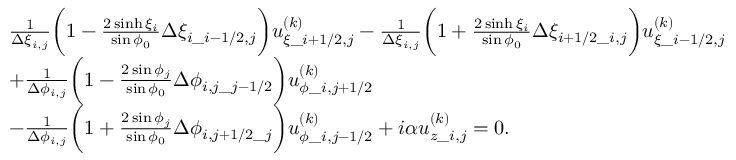
\begin{array} { r l } & { \begin{array} { r l } & { \frac { 1 } { \Delta \xi _ { i , j } } \bigg ( 1 - \frac { 2 \sinh \xi _ { i } } { \sin \phi _ { 0 } } \Delta \xi _ { i \_ i - 1 / 2 , j } \bigg ) u _ { \xi \_ { i + 1 / 2 , j } } ^ { ( k ) } - \frac { 1 } { \Delta \xi _ { i , j } } \bigg ( 1 + \frac { 2 \sinh \xi _ { i } } { \sin \phi _ { 0 } } \Delta \xi _ { i + 1 / 2 \_ i , j } \bigg ) u _ { \xi \_ { i - 1 / 2 , j } } ^ { ( k ) } } \\ & { + \frac { 1 } { \Delta \phi _ { i , j } } \bigg ( 1 - \frac { 2 \sin \phi _ { j } } { \sin \phi _ { 0 } } \Delta \phi _ { i , j \_ j - 1 / 2 } \bigg ) u _ { \phi \_ { i , j + 1 / 2 } } ^ { ( k ) } } \\ & { - \frac { 1 } { \Delta \phi _ { i , j } } \bigg ( 1 + \frac { 2 \sin \phi _ { j } } { \sin \phi _ { 0 } } \Delta \phi _ { i , j + 1 / 2 \_ j } \bigg ) u _ { \phi \_ { i , j - 1 / 2 } } ^ { ( k ) } + i \alpha u _ { z \_ i , j } ^ { ( k ) } = 0 . } \end{array} } \end{array}